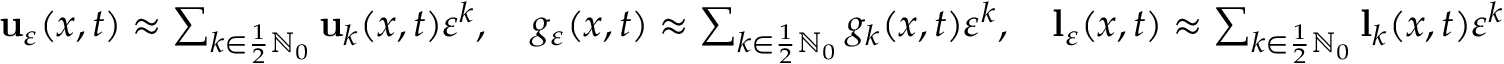
\begin{array} { r } { \mathbf { u } _ { \ensuremath { \varepsilon } } ( x , t ) \approx \sum _ { k \in \frac 1 2 \ensuremath { \mathbb { N } } _ { 0 } } \mathbf { u } _ { k } ( x , t ) \ensuremath { \varepsilon } ^ { k } , \quad g _ { \ensuremath { \varepsilon } } ( x , t ) \approx \sum _ { k \in \frac 1 2 \ensuremath { \mathbb { N } } _ { 0 } } g _ { k } ( x , t ) \ensuremath { \varepsilon } ^ { k } , \quad \mathbf { l } _ { \ensuremath { \varepsilon } } ( x , t ) \approx \sum _ { k \in \frac 1 2 \ensuremath { \mathbb { N } } _ { 0 } } \mathbf { l } _ { k } ( x , t ) \ensuremath { \varepsilon } ^ { k } } \end{array}